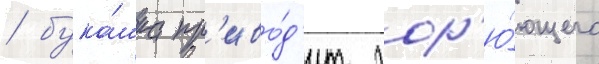
/ бука́шка пр'иво́д'ит гор'ю́ющего